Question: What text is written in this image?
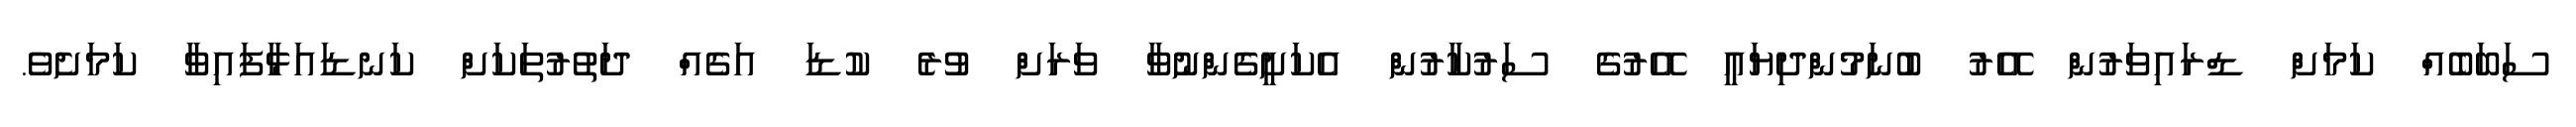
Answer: ސަބަބެއް ކަމަށް ޑްރައިވަރުން އޭރު ބުނަމުންދިޔައީ އޭރުގެ ސަރުކާރުން އެކަށީގެންނުވާ ވަރަށް ވުރެ ކުޑަ އަގެއް ދަތުރުތަކަށް ކަނޑައަޅާފައިވާ ކަމަށެވެ.